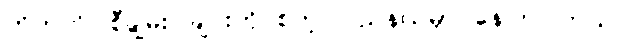
တိဘက်၊ စီချွမ်း၊ ချင်းဟိုင်စတဲ့ ပြည်နယ်မှာ နေကြပါတယ်။